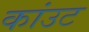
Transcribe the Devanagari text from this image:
कांउट